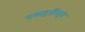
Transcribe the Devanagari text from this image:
वसाहतींवरून